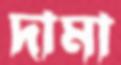
দামা